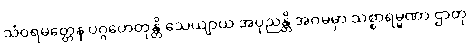
သံဝရမတ္တေန ပဂ္ဂဟေတုန္တိ သေယျာယ အပုညန္တိ အဂမမှာ သစ္စာရမ္မဏာ ဌာတု